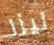
ليزر